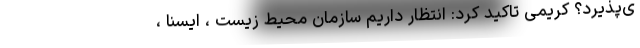
ی‌پذیرد؟ کریمی تاکید کرد: انتظار داریم سازمان محیط زیست ، ایسنا ،